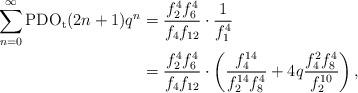
LaTeX: \begin{align*}\sum_{n=0}^{\infty}\textup{PDO}_\textup{t}(2n+1)q^n&=\dfrac{f_2^4f_6^4}{f_4f_{12}}\cdot\dfrac{1}{f_1^4}\\&=\dfrac{f_2^4f_6^4}{f_4f_{12}}\cdot\left(\dfrac{f_4^{14}}{f_2^{14}f_8^4}+4q\dfrac{f_4^2f_8^4}{f_2^{10}}\right),\end{align*}